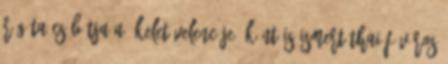
Régóta csábítja a "Kelet Velencéje"-ként is ismert thai főváros